65_HS1-834228961_62-HQ-83894_Section_9
Agency: FBI
Page 193
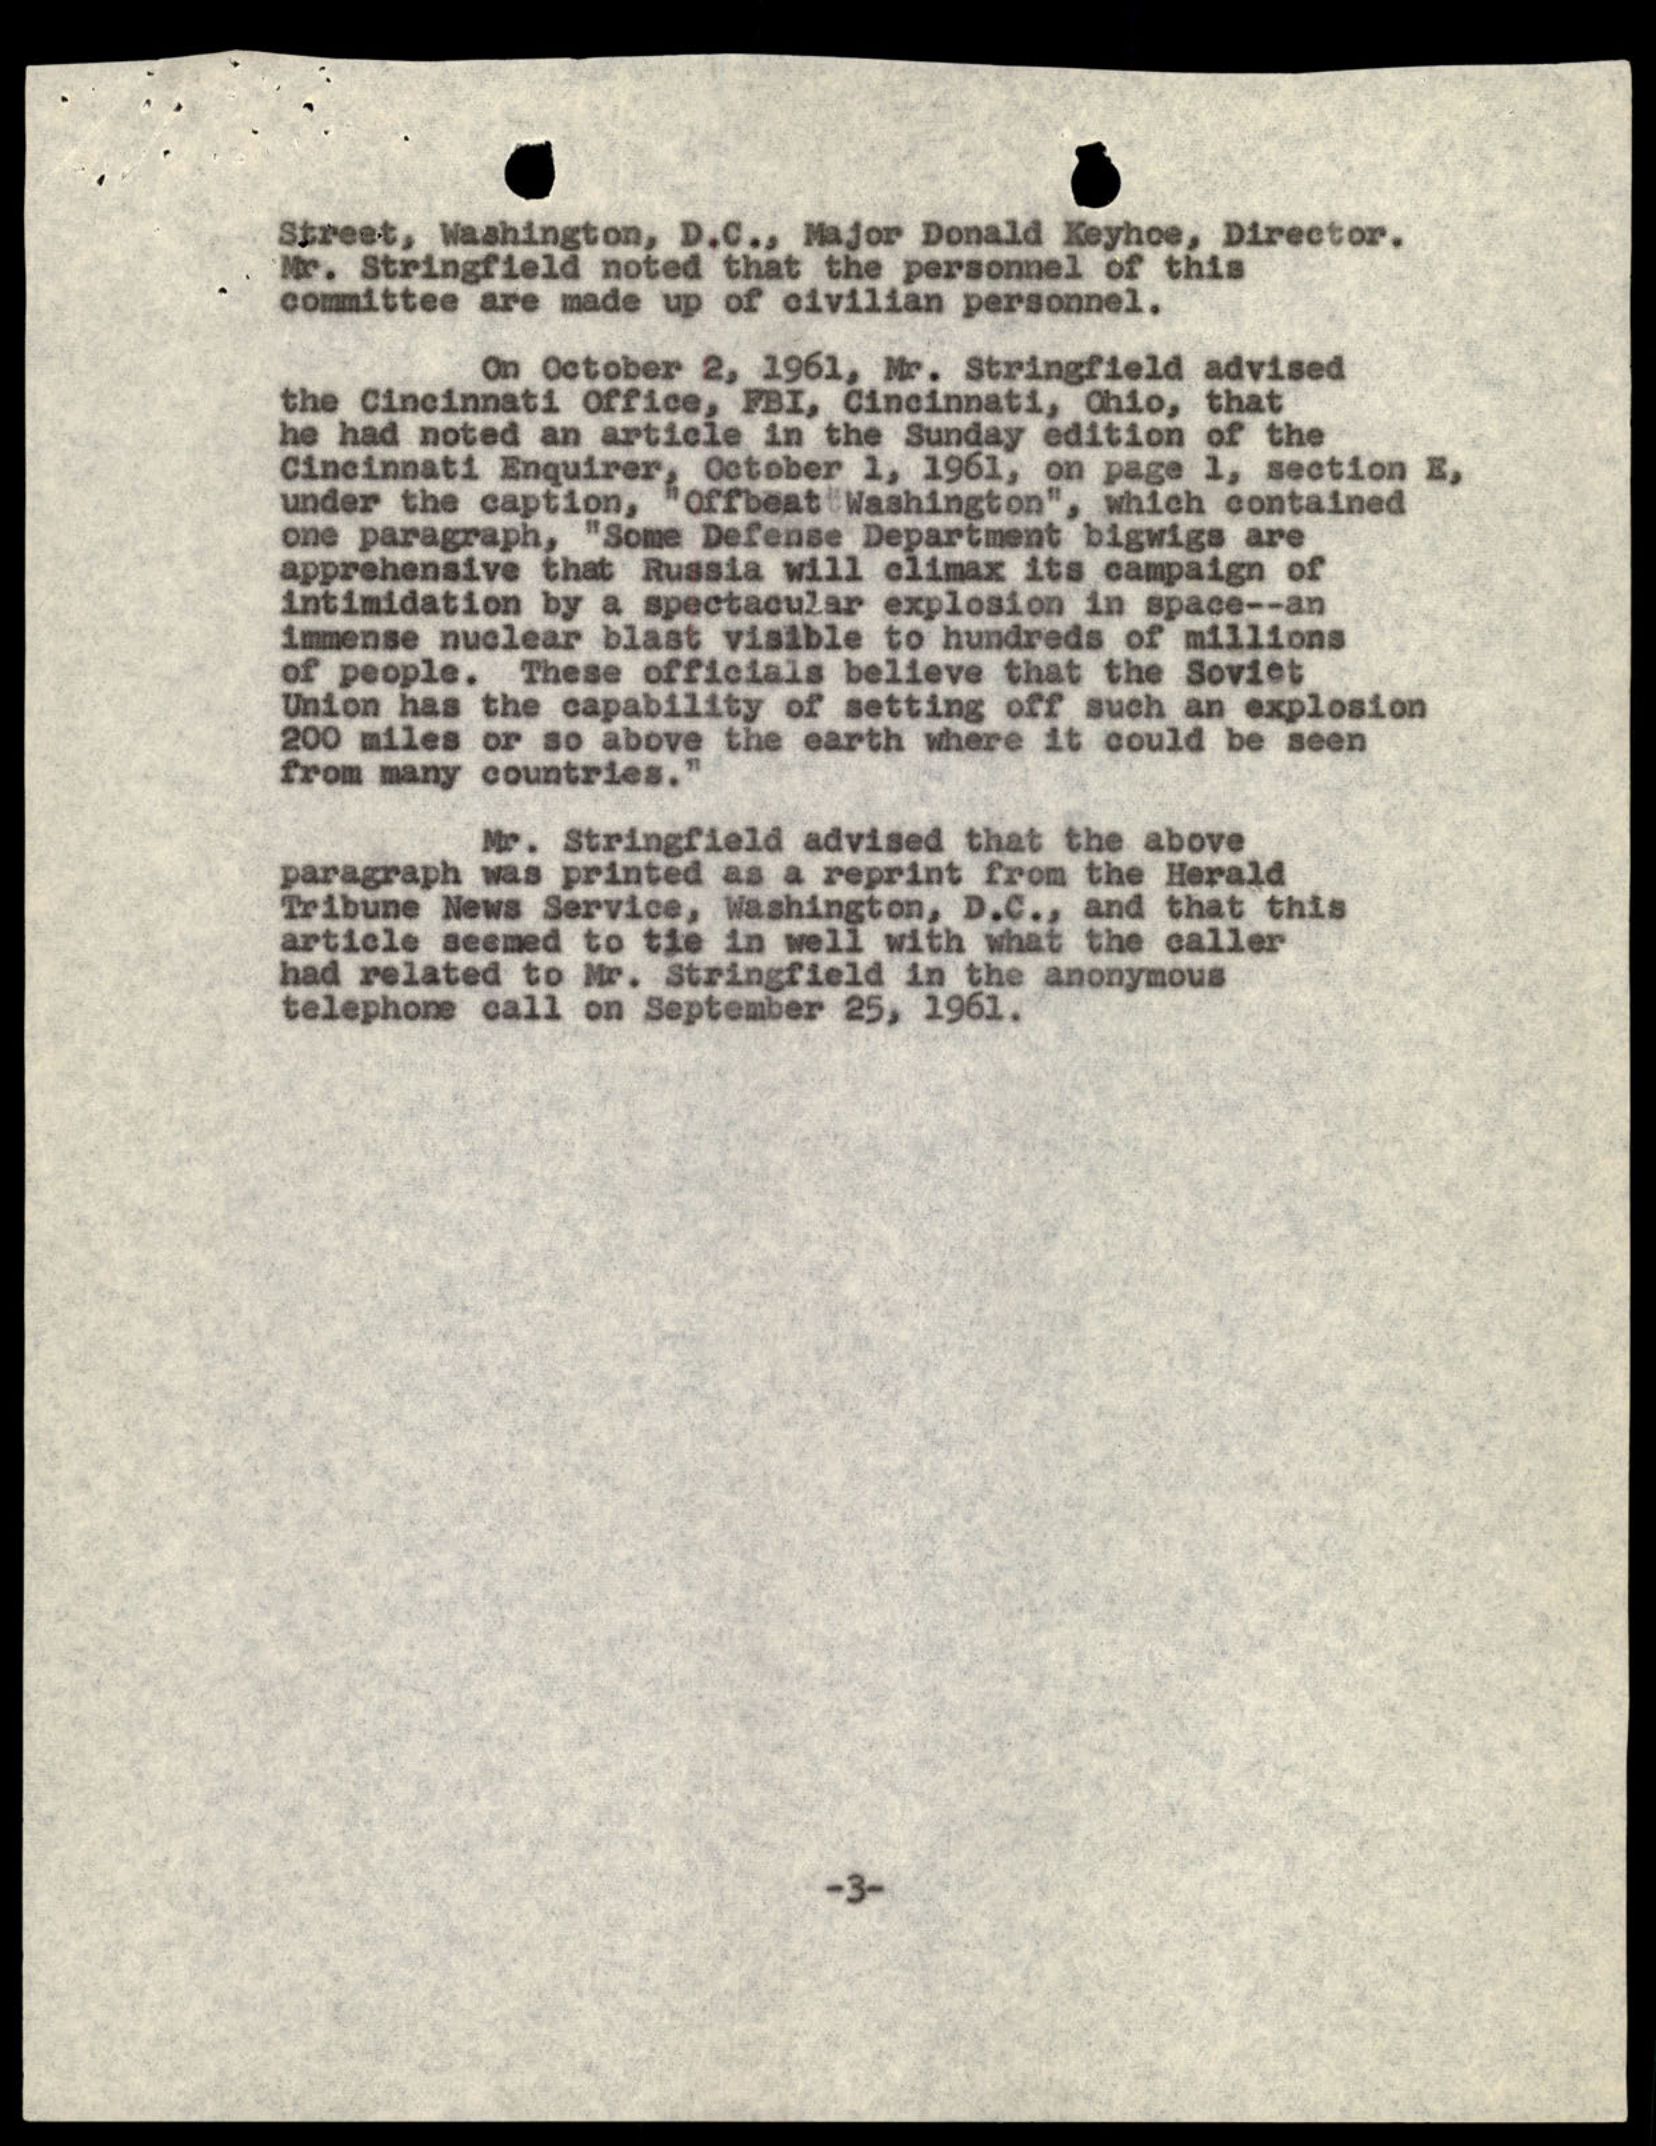